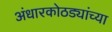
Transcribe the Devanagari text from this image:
अंधारकोठड्यांच्या